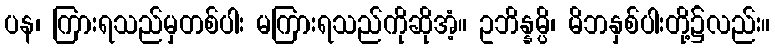
ပန၊ ကြားရသည်မှတစ်ပါး မကြားရသည်ကိုဆိုအံ့။ ဥဘိန္နမ္ပိ၊ မိဘနှစ်ပါးတို့၌လည်း။